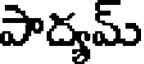
పాద్యమ్